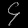
Digit: ၄